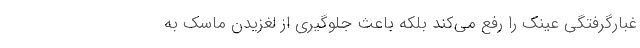
غبارگرفتگی عینک را رفع می‌کند بلکه باعث جلوگیری از لغزیدن ماسک به